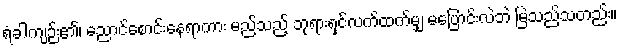
ရံခါကျဉ်း၏၊ ညောင်စောင်းနေရာကား မည်သည့် ဘုရားရှင်လက်ထက်မျှ မပြောင်းလဲဘဲ မြဲသည်သတည်း။